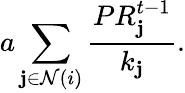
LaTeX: a\sum_{\mathbf{j}\in\mathcal{{N}}(i)}\frac{{PR_{\mathbf{j}}^{t-1}}}{{k_{\mathbf{j}}}}.